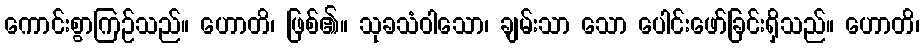
ကောင်းစွာကြဉ်သည်။ ဟောတိ၊ ဖြစ်၏။ သုခသံဝါသော၊ ချမ်းသာ သော ပေါင်းဖော်ခြင်းရှိသည်။ ဟောတိ၊